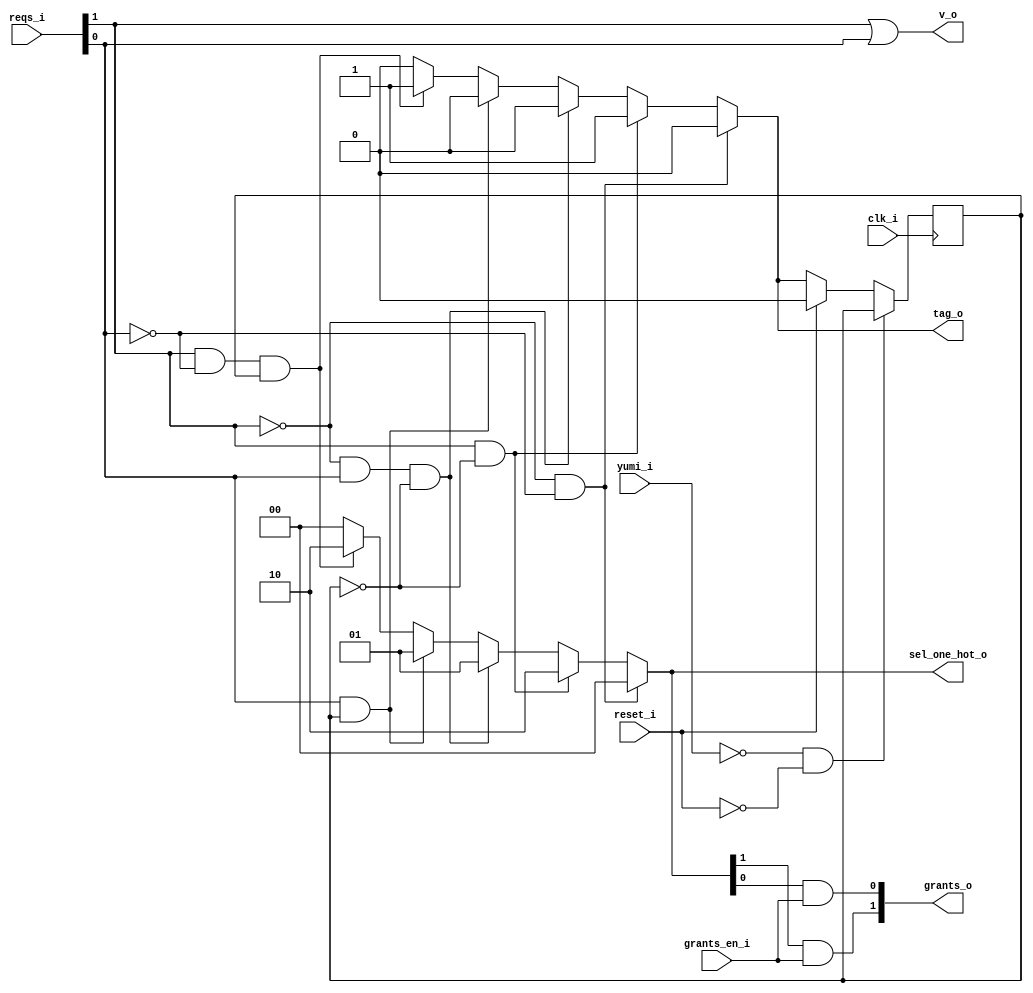
module bsg_round_robin_arb_inputs_p2
(
  clk_i,
  reset_i,
  grants_en_i,
  reqs_i,
  grants_o,
  sel_one_hot_o,
  v_o,
  tag_o,
  yumi_i
);

  input [1:0] reqs_i;
  output [1:0] grants_o;
  output [1:0] sel_one_hot_o;
  output [0:0] tag_o;
  input clk_i;
  input reset_i;
  input grants_en_i;
  input yumi_i;
  output v_o;
  wire [1:0] grants_o,sel_one_hot_o;
  wire [0:0] tag_o,last_r;
  wire v_o,N0,N1,N2,N3,N4,N5,N6,N7,N8,N9,N10,N11,N12,N13,N14,N15,N16,N17,N18,N19,N20,
  N21,N22;
  reg last_r_0_sv2v_reg;
  assign last_r[0] = last_r_0_sv2v_reg;

  always @(posedge clk_i) begin
    if(N22) begin
      last_r_0_sv2v_reg <= N20;
    end 
  end

  assign N13 = N0 & N1;
  assign N0 = ~reqs_i[1];
  assign N1 = ~reqs_i[0];
  assign N14 = reqs_i[1] & N2;
  assign N2 = ~last_r[0];
  assign N15 = N3 & reqs_i[0] & N4;
  assign N3 = ~reqs_i[1];
  assign N4 = ~last_r[0];
  assign N16 = reqs_i[0] & last_r[0];
  assign N17 = reqs_i[1] & N5 & last_r[0];
  assign N5 = ~reqs_i[0];
  assign sel_one_hot_o = (N6)? { 1'b0, 1'b0 } : 
                         (N7)? { 1'b1, 1'b0 } : 
                         (N8)? { 1'b0, 1'b1 } : 
                         (N9)? { 1'b0, 1'b1 } : 
                         (N10)? { 1'b1, 1'b0 } : 1'b0;
  assign N6 = N13;
  assign N7 = N14;
  assign N8 = N15;
  assign N9 = N16;
  assign N10 = N17;
  assign tag_o[0] = (N6)? 1'b0 : 
                    (N7)? 1'b1 : 
                    (N8)? 1'b0 : 
                    (N9)? 1'b0 : 
                    (N10)? 1'b1 : 1'b0;
  assign N20 = (N11)? 1'b0 : 
               (N12)? tag_o[0] : 1'b0;
  assign N11 = reset_i;
  assign N12 = N19;
  assign grants_o[1] = sel_one_hot_o[1] & grants_en_i;
  assign grants_o[0] = sel_one_hot_o[0] & grants_en_i;
  assign v_o = reqs_i[1] | reqs_i[0];
  assign N18 = ~yumi_i;
  assign N19 = ~reset_i;
  assign N21 = N18 & N19;
  assign N22 = ~N21;

endmodule